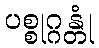
ပစ္စုဂ္ဂန္တုံ